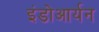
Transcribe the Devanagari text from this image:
इंडोआर्यन